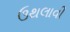
ઉથલાવી